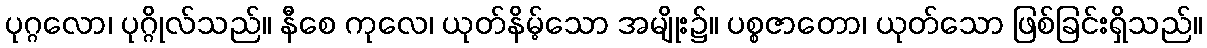
ပုဂ္ဂလော၊ ပုဂ္ဂိုလ်သည်။ နီစေ ကုလေ၊ ယုတ်နိမ့်သော အမျိုး၌။ ပစ္စဇာတော၊ ယုတ်သော ဖြစ်ခြင်းရှိသည်။